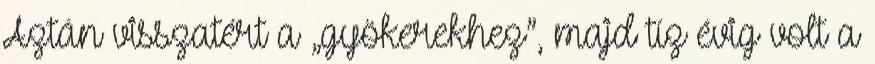
Aztán visszatért a „gyökerekhez”, majd tíz évig volt a